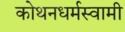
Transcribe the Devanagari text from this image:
कोथनधर्मस्वामी